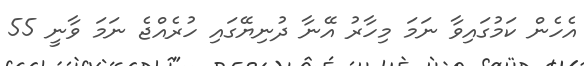
އެހެން ކަމުގައިވާ ނަމަ މިހާރު އޭނާ ދުނިޔޭގައި ހުރެއްޖެ ނަމަ ވާނީ 55